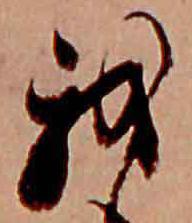
我